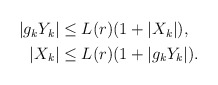
\begin{align*} \begin{aligned}|g_kY_k| & \le L(r) (1 + |X_k|), \\|X_k| & \le L(r) (1 + |g_kY_k|). \end{aligned} \end{align*}